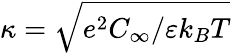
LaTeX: \kappa=\sqrt{e^{2}C_{\infty}/\varepsilon k_{B}T}